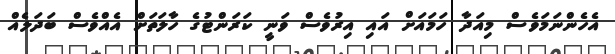
އެހެންނަމަވެސް މިއަދާ ހަމައަށް އައި އިރުވެސް ވަނީ ކަރަންޓުގެ ހާލަތަށް އެއްވެސް ބަދަލެއް